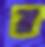
র